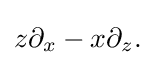
z\partial _{x}-x\partial _{z}.\,\!